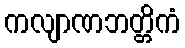
ကလျာဏဘတ္တိကံ